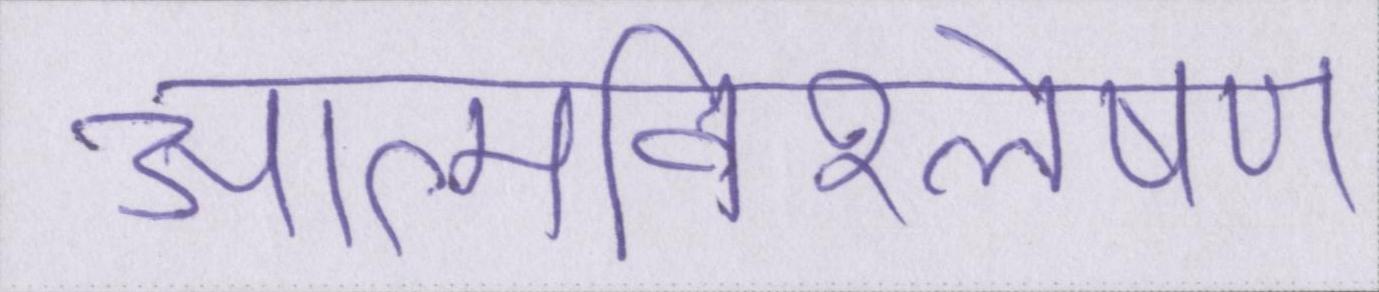
आत्मविश्लेषण